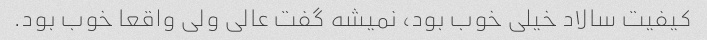
کیفیت سالاد خیلی خوب بود، نمیشه گفت عالی ولی واقعا خوب بود.